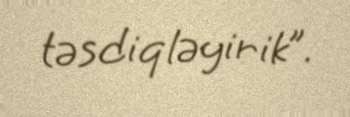
təsdiqləyirik”.